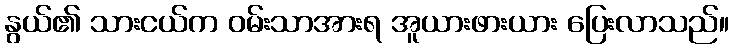
နွယ်၏ သားငယ်က ဝမ်းသာအားရ အူယားဖားယား ပြေးလာသည်။